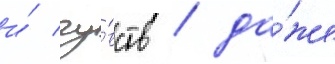
и́ чу́вств / да́же